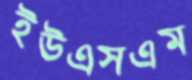
ইউএসএম